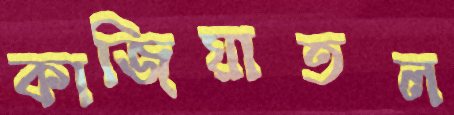
কাজিয়াতল